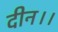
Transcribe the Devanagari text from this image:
दीन।।